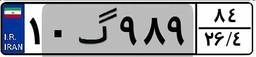
۲۰گ۸۱۳۷۲